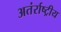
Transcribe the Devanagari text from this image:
अतंर्राष्ट्रीय